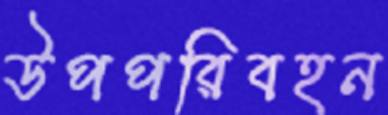
উপপরিবহন